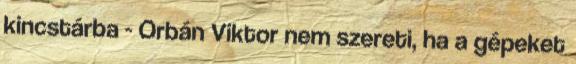
kincstárba - Orbán Viktor nem szereti, ha a gépeket